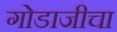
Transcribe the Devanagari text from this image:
गोडाजीचा